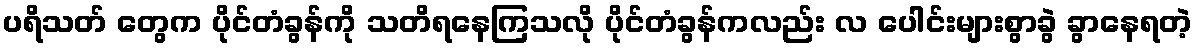
ပရိသတ် တွေက ပိုင်တံခွန်ကို သတိရနေကြသလို ပိုင်တံခွန်ကလည်း လ ပေါင်းများစွာခွဲ ခွာနေရတဲ့